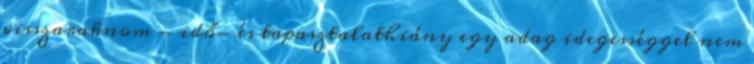
visszaraknom - idő- és tapasztalathiány egy adag idegességgel nem